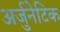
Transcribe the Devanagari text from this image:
अर्जुनेटिक